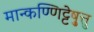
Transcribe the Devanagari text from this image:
मान्कण्णिट्टेषु़त्तु